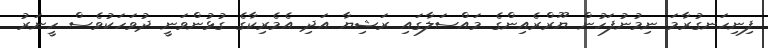
ފިނިހަނގުރާމަ ނިމުނުފަހުން ޔޫރްރެއިންގެ މައްސަލާގައި ރަޝިޔާ އަދި އެމެރިކާގެ ގުޅުންވަނީ ދުވަހަކުވެސް ހީނަރު